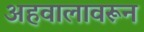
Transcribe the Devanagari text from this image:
अहवालावरून